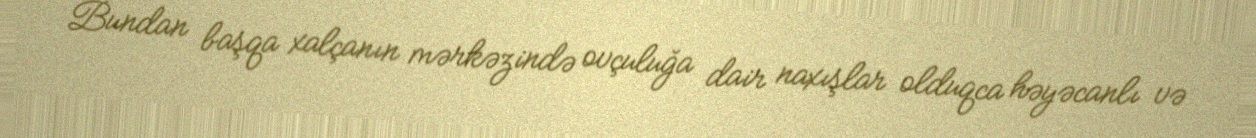
Bundan başqa xalçanın mərkəzində ovçuluğa dair naxışlar olduqca həyəcanlı və